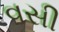
વસી